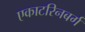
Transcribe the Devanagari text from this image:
एकाटरिनबर्ग